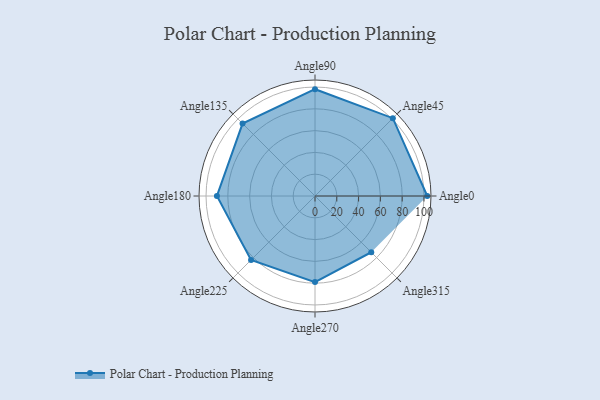
{"axis": {"x": "Angle", "y": "Radius"}, "legend": [""], "data": [{"x": "Angle0", "y": 103.0, "type": ""}, {"x": "Angle45", "y": 101.0, "type": ""}, {"x": "Angle90", "y": 98.0, "type": ""}, {"x": "Angle135", "y": 94.0, "type": ""}, {"x": "Angle180", "y": 90.0, "type": ""}, {"x": "Angle225", "y": 83.0, "type": ""}, {"x": "Angle270", "y": 79.0, "type": ""}, {"x": "Angle315", "y": 73.0, "type": ""}]}